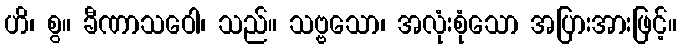
ဟိ၊ စွ။ ခီဏာသဝေါ၊ သည်။ သဗ္ဗသော၊ အလုံးစုံသော အပြားအားဖြင့်။